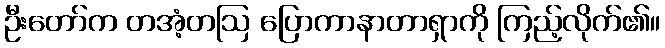
ဦးတော်က တအံ့တဩ ပြောကာနာတာရှာကို ကြည့်လိုက်၏။